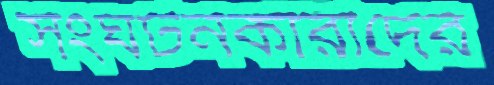
সংঘটনকারীদের